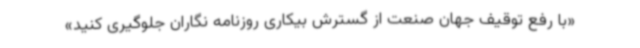
«با رفع توقیف جهان صنعت از گسترش بیکاری روزنامه نگاران جلوگیری کنید»